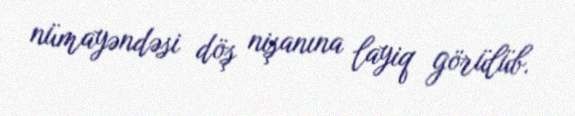
nümayəndəsi döş nişanına layiq görülüb.